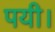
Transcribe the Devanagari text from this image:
पयी।